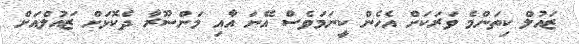
ޒައުލް ކިތަންމެ ވަރަކަށް އެހެން ކީނަމަވެސް އޭނަ އާއި މަންސޫރާ ދެކޮޅަށް ޒައުލްއަށް